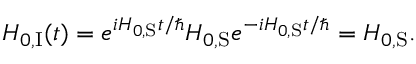
H _ { 0 , { \mathrm { I } } } ( t ) = e ^ { i H _ { 0 , { \mathrm { S } } } t / \hbar } H _ { 0 , { \mathrm { S } } } e ^ { - i H _ { 0 , { \mathrm { S } } } t / \hbar } = H _ { 0 , { \mathrm { S } } } .